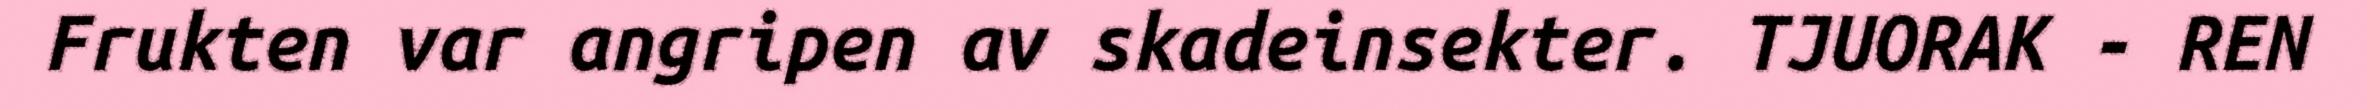
Frukten var angripen av skadeinsekter. TJUORAK - REN